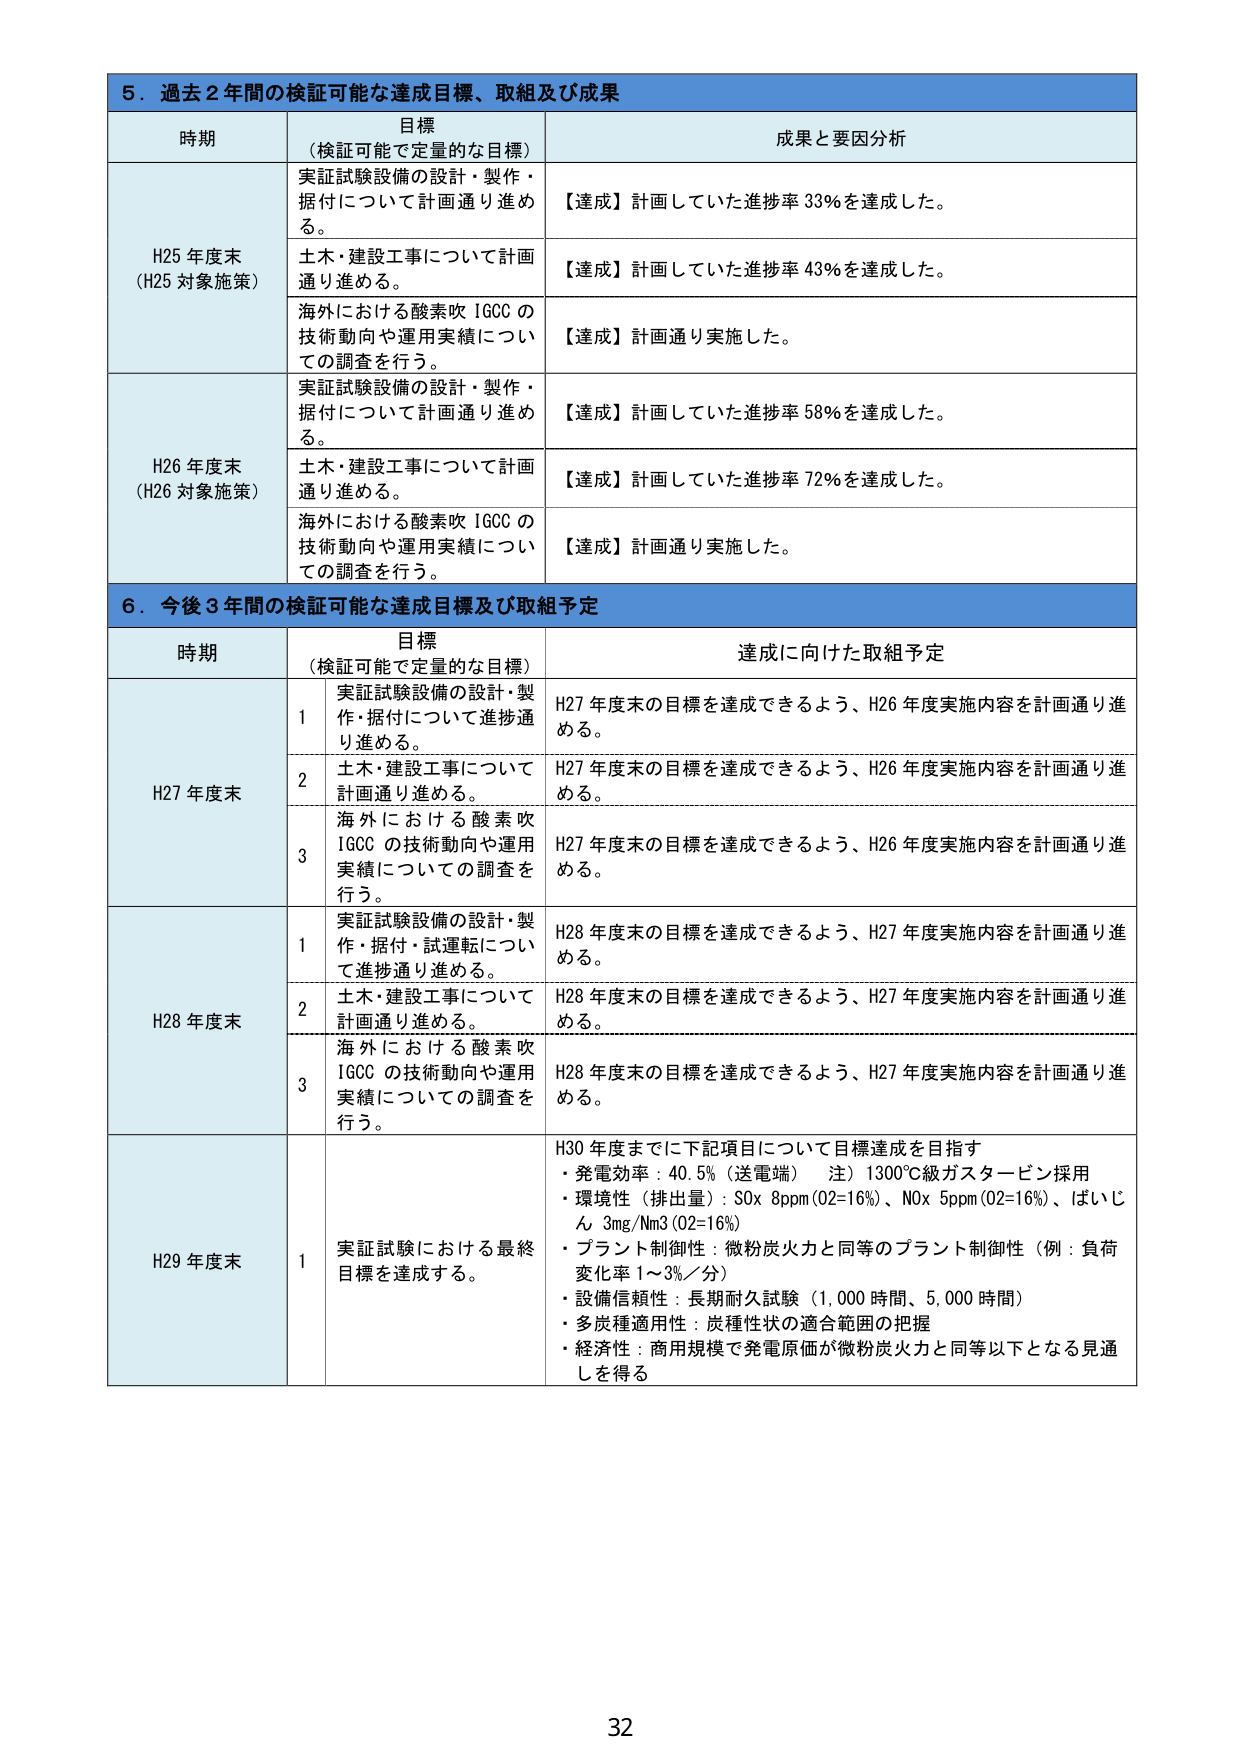
5. 過去2年間の検証可能な達成目標、取組及び成果

時期 目標（検証可能で定量的な目標） 成果と要因分析

H25年度末（H25対象施策）
実証試験設備の設計・製作・据付について計画通り進める。
【達成】計画していた進捗率33%を達成した。

土木・建設工事について計画通り進める。
【達成】計画していた進捗率43%を達成した。

海外における酸素吹IGCCの技術動向や運用実績についての調査を行う。
【達成】計画通り実施した。

H26年度末（H26対象施策）
実証試験設備の設計・製作・据付について計画通り進める。
【達成】計画していた進捗率58%を達成した。

土木・建設工事について計画通り進める。
【達成】計画していた進捗率72%を達成した。

海外における酸素吹IGCCの技術動向や運用実績についての調査を行う。
【達成】計画通り実施した。

6. 今後3年間の検証可能な達成目標及び取組予定

時期 目標（検証可能で定量的な目標） 達成に向けた取組予定

H27年度末
1 実証試験設備の設計・製作・据付について進捗通り進める。
H27年度末の目標を達成できるよう、H26年度実施内容を計画通り進める。

2 土木・建設工事について計画通り進める。
H27年度末の目標を達成できるよう、H26年度実施内容を計画通り進める。

3 海外における酸素吹IGCCの技術動向や運用実績についての調査を行う。
H27年度末の目標を達成できるよう、H26年度実施内容を計画通り進める。

H28年度末
1 実証試験設備の設計・製作・据付・試運転について進捗通り進める。
H28年度末の目標を達成できるよう、H27年度実施内容を計画通り進める。

2 土木・建設工事について計画通り進める。
H28年度末の目標を達成できるよう、H27年度実施内容を計画通り進める。

3 海外における酸素吹IGCCの技術動向や運用実績についての調査を行う。
H28年度末の目標を達成できるよう、H27年度実施内容を計画通り進める。

H29年度末
1 実証試験における最終目標を達成する。
H30年度までに下記項目について目標達成を目指す
・発電効率：40.5%（送電端） 注）1300℃級ガスタービン採用
・環境性（排出量）：SOx 8ppm（O2=16%）、NOx 5ppm（O2=16%）、ばいじん 3mg/Nm3（O2=16%）
・プラント制御性：微粉炭火力と同等のプラント制御性（例：負荷変化率1～3%/分）
・設備信頼性：長期耐久試験（1,000時間、5,000時間）
・多炭種適用性：炭種性状の適合範囲の把握
・経済性：商用規模で発電原価が微粉炭火力と同等以下となる見通しを得る

32